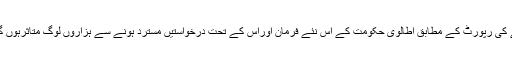
جرمن نشریاتی ادارے ڈوئچے ویلے کی رپورٹ کے مطابق اطالوی حکومت کے اس نئے فرمان اوراس کے تحت درخواستیں مسترد ہونے سے ہزاروں لوگ متاثرہوں گے جن میں پاکستانی بھی شامل ہیں۔